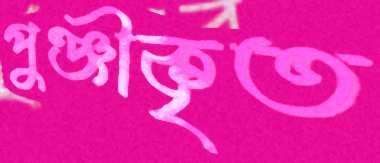
পুঞ্জীকৃত